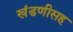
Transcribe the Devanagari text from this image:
खंडणीसह